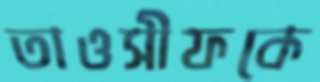
তাওসীফকে